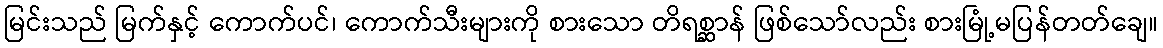
မြင်းသည် မြက်နှင့် ကောက်ပင်၊ ကောက်သီးများကို စားသော တိရစ္ဆာန် ဖြစ်သော်လည်း စားမြုံ့မပြန်တတ်ချေ။